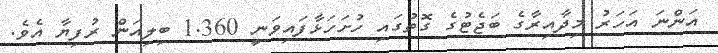
އަންނަ އަހަރު މިދާއިރާގެ ބަޖެޓުގެ ގޮތުގައި ހުށަހަޅާފައިވަނީ 1.360 ބިލިއަން ރުފިޔާ އެވެ.